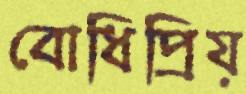
বোধিপ্রিয়